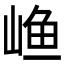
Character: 𱛴